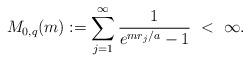
LaTeX: \begin{align*}M_{0,q}(m):=\sum_{j = 1}^\infty \frac 1 {e^{m r_j/a}-1} \ < \ \infty.\end{align*}